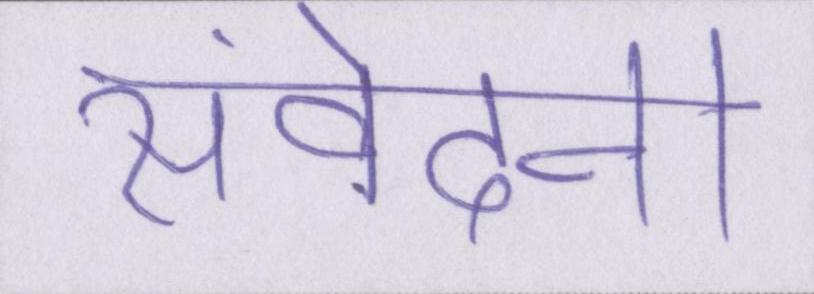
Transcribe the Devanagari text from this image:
संवेदना